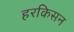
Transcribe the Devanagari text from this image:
हरकिसन